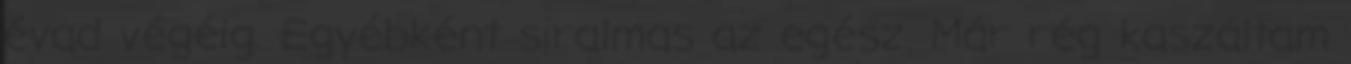
évad végéig. Egyébként siralmas az egész. Már rég kaszáltam